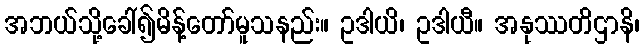
အဘယ်သို့ခေါ်၍မိန့်တော်မူသနည်း။ ဥဒါယိ၊ ဥဒါယီ။ အနုဿတိဌာနိ၊